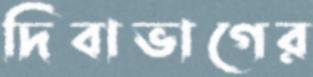
দিবাভাগের